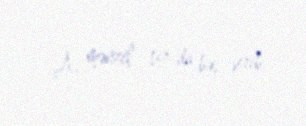
A, mənzil 19-da baş verib.